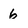
Character: 6